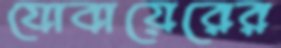
যোবায়েরের